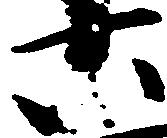
六